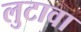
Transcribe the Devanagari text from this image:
लुटावा